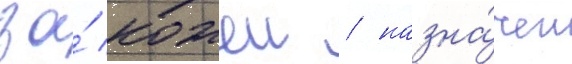
за́ кожеи / назна́чен